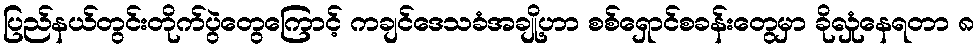
ပြည်နယ်တွင်းတိုက်ပွဲတွေကြောင့် ကချင်ဒေသခံအချို့ဟာ စစ်ရှောင်စခန်းတွေမှာ ခိုလှုံနေရတာ ၈